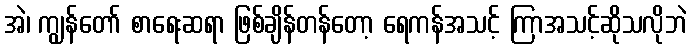
အဲ၊ ကျွန်တော် စာရေးဆရာ ဖြစ်ချိန်တန်တော့ ရေကန်အသင့် ကြာအသင့်ဆိုသလိုဘဲ